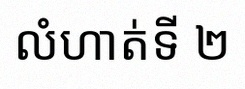
លំហាត់ទី ២